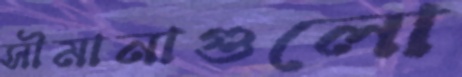
সীমানাগুলো